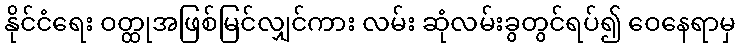
နိုင်ငံရေး ဝတ္ထုအဖြစ်မြင်လျှင်ကား လမ်း ဆုံလမ်းခွတွင်ရပ်၍ ဝေနေရာမှ